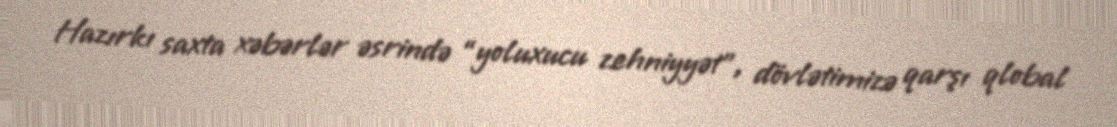
Hazırkı saxta xəbərlər əsrində “yoluxucu zehniyyət”, dövlətimizə qarşı qlobal